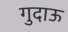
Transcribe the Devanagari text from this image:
गुदाऊ